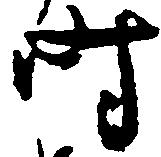
時